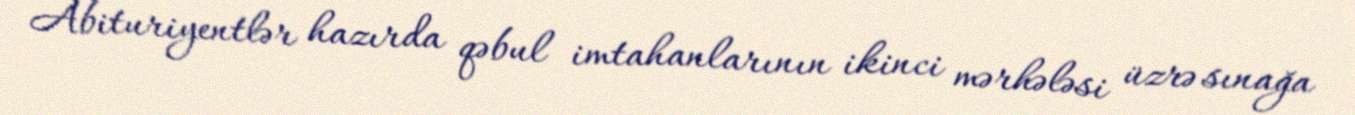
Abituriyentlər hazırda qəbul imtahanlarının ikinci mərhələsi üzrə sınağa